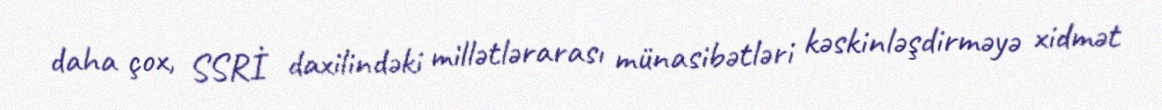
daha çox, SSRİ daxilindəki millətlərarası münasibətləri kəskinləşdirməyə xidmət